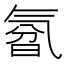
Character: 𰛃